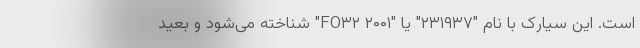
است. این سیارک با نام "۲۳۱۹۳۷" یا "۲۰۰۱ FO۳۲" شناخته می‌شود و بعید